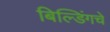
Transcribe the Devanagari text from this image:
बिल्डिंगचे